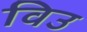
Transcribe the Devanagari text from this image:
विउ